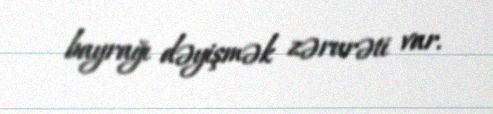
bayrağı dəyişmək zərurəti var.